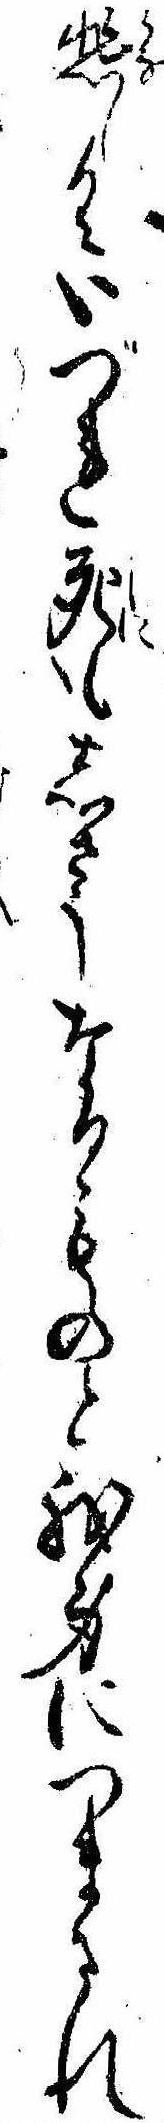
悲しくいづれ死もしさうなるものと我身につまされ